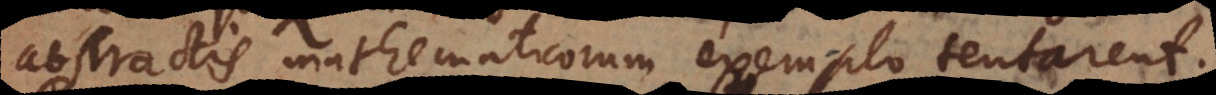
s mathematicorum exemplo tentarent.